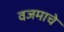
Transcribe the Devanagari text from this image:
वजमाचे